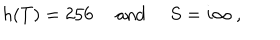
h ( T ) = 2 5 6 \quad \mathrm { ~ a n d ~ } \quad S = i \infty \ ,